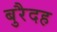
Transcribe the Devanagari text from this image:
बुरैदह